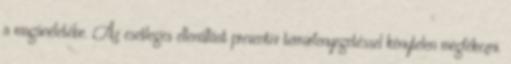
a magánéletébe. Az esetleges ellenállást preventív terrorfenyegetéssel kénytelen megfékezni.